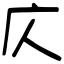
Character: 庂